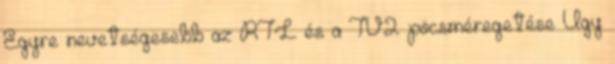
Egyre nevetségesebb az RTL és a TV2 pöcsméregetése Úgy